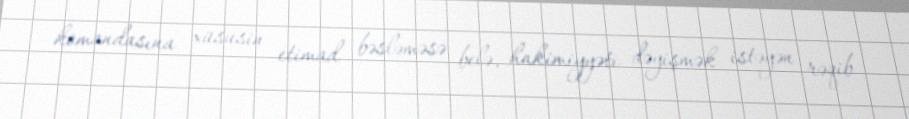
komandasına xüsusin etimad bəsləməsə belə, hakimiyyəti dəyişmək istəyən rəqib